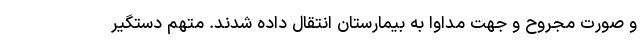
و صورت مجروح و جهت مداوا به بیمارستان انتقال داده شدند. متهم دستگیر